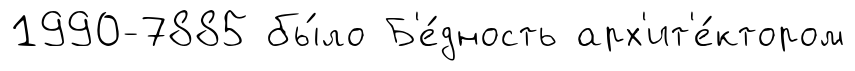
1990-7885 бы́ло Б'е́дность арх'ит'е́ктором